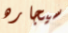
سيجاره